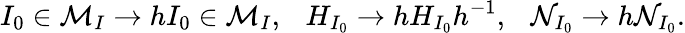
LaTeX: I_{0}\in{\cal{M}}_{I}\to hI_{0}\in{\cal{M}}_{I},\ \ \ H_{I_{0}}\to hH_{I_{0}}h^{-1},\ \ \ {\cal N}_{I_{0}}\to h{\cal N}_{I_{0}}.